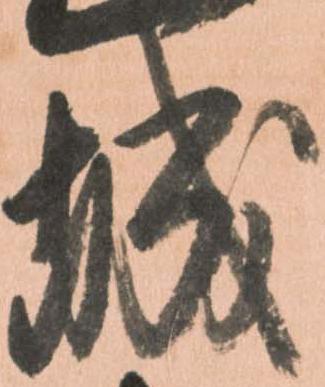
城